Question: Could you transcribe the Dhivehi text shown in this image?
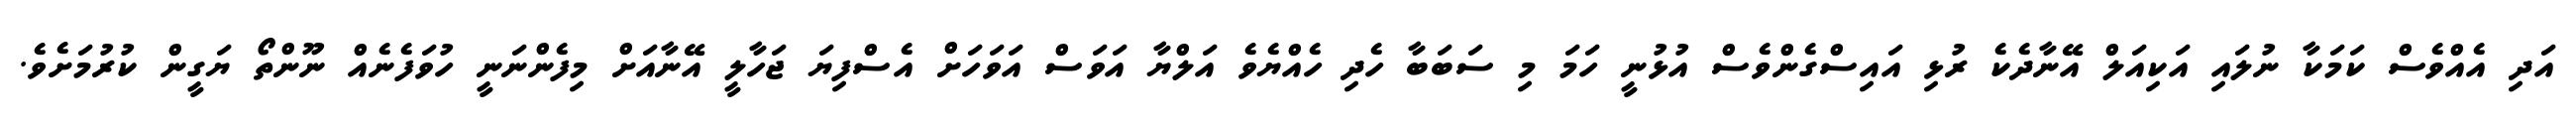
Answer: އަދި އެއްވެސް ކަމަކާ ނުލައި އަކިއަލް އޭނާދެކެ ރުޅި އައިސްގެންވެސް އުޅުނީ ހަމަ މި ސަބަބާ ހެދި ހެއްޔެވެ އަލްޔާ އަވަސް އަވަހަށް އެސްފިޔަ ޖަހާލީ އޭނާއަށް މިފެންނަނީ ހުވަފެނެއް ނޫންތޯ ޔަގީން ކުރުމަށެވެ.